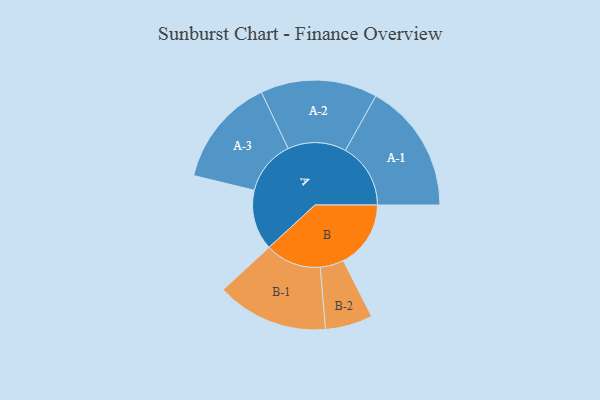
{"axis": {"x": "Segment", "y": "Value"}, "legend": ["", "A", "B"], "data": [{"x": "A", "y": 260, "type": ""}, {"x": "B", "y": 291, "type": ""}, {"x": "A-1", "y": 281, "type": "A"}, {"x": "A-2", "y": 252, "type": "A"}, {"x": "A-3", "y": 235, "type": "A"}, {"x": "B-1", "y": 241, "type": "B"}, {"x": "B-2", "y": 102, "type": "B"}]}